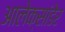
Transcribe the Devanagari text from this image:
आलेक्सांडेर